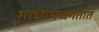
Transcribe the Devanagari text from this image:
माध्यमजगतात